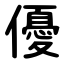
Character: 優